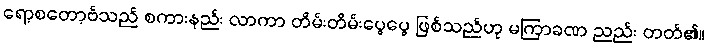
ရော့စတော့ဗ်သည် စကားနည်း လာကာ တိမ်းတိမ်းပွေပွေ ဖြစ်သည်ဟု မကြာခဏ ညည်း တတ်၏။